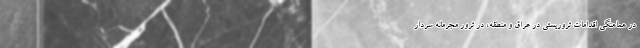
در هماهنگی اقدامات تروریستی در عراق و منطقه، در ترور مجرمانه سردار